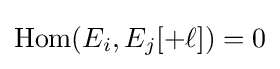
\operatorname {Hom} (E_{i},E_{j}[+\ell ])=0